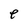
Character: e